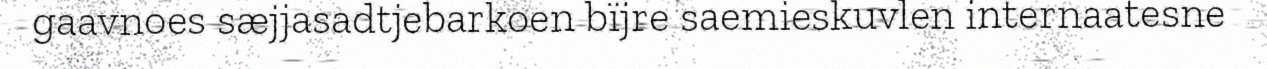
gaavnoes sæjjasadtjebarkoen bïjre saemieskuvlen internaatesne